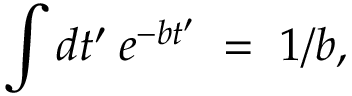
\int d t ^ { \prime } \: e ^ { - b t ^ { \prime } } \; = \; 1 / b ,